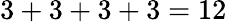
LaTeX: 3+3+3+3=12